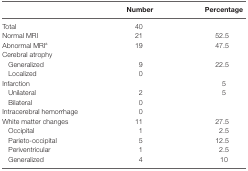
<table><thead><tr><td></td><td><b>Number</b></td><td><b>Percentage</b></td></tr></thead><tbody><tr><td>Total</td><td>40</td><td></td></tr><tr><td>Normal MRI</td><td>21</td><td>52.5</td></tr><tr><td>Abnormal MRI<sup>a</sup></td><td>19</td><td>47.5</td></tr><tr><td>Cerebral atrophy</td><td></td><td></td></tr><tr><td> Generalized</td><td>9</td><td>22.5</td></tr><tr><td> Localized</td><td>0</td><td></td></tr><tr><td>Infarction</td><td></td><td>5</td></tr><tr><td> Unilateral</td><td>2</td><td>5</td></tr><tr><td> Bilateral</td><td>0</td><td></td></tr><tr><td>Intracerebral hemorrhage</td><td>0</td><td></td></tr><tr><td>White matter changes</td><td>11</td><td>27.5</td></tr><tr><td> Occipital</td><td>1</td><td>2.5</td></tr><tr><td> Parieto-occipital</td><td>5</td><td>12.5</td></tr><tr><td> Periventricular</td><td>1</td><td>2.5</td></tr><tr><td> Generalized</td><td>4</td><td>10</td></tr></tbody></table>